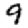
Digit: 9